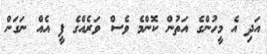
އަދި އެ މީހުންގެ އަތުން ކޮންމެ ވެސް ވަރެއްގެ ފީ އެއް ނަގަން